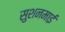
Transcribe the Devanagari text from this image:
सुशनमाई